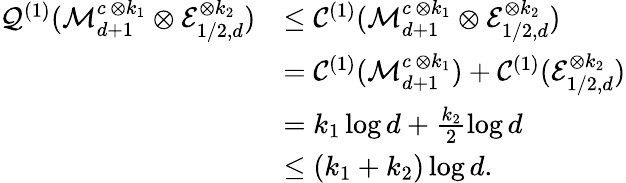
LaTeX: \begin{array}{rl}{\mathcal{Q}^{(1)}({\cal M}_{d+1}^{c\, \otimes k_{1}}\otimes{\cal E}_{1/2,d}^{\otimes k_{2}})}&{\leq\mathcal{C}^{(1)}({\cal M}_{d+1}^{c\, \otimes k_{1}}\otimes{\cal E}_{1/2,d}^{\otimes k_{2}})}\\ &{=\mathcal{C}^{(1)}({\cal M}_{d+1}^{c\, \otimes k_{1}})+\mathcal{C}^{(1)}({\cal E}_{1/2,d}^{\otimes k_{2}})}\\ &{=k_{1}\log d+\frac{k_{2}}{2}\log d}\\ &{\leq(k_{1}+k_{2})\log d.}\end{array}